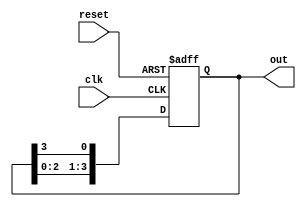
module ring_counter (
    input wire clk,       // Clock signal
    input wire reset,     // Asynchronous reset signal
    output reg [3:0] out  // 4-bit output representing the counter state
);

    // Initialization
    initial begin
        out = 4'b0001;  // Set initial state to 0001
    end

    // Sequential logic for the ring counter
    always @(posedge clk or posedge reset) begin
        if (reset) begin
            out <= 4'b0001;  // Reset to initial state on reset
        end else begin
            out <= {out[2:0], out[3]};  // Shift left and wrap around
        end
    end

endmodule